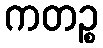
ကတဉ္စ